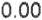
0.00